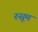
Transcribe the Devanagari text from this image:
रुसूम